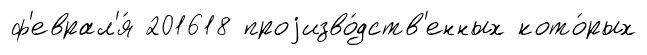
ф'еврал'я́ 201618 проjизво́дств'енных кото́рых